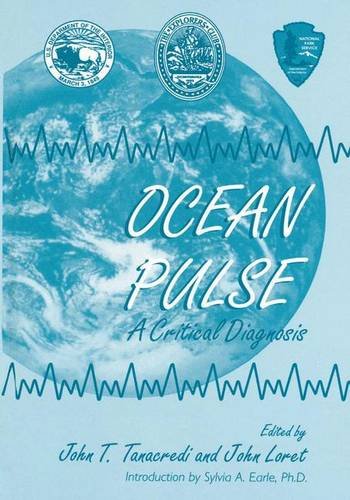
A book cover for Ocean Pulse: A Critical Diagnosis; Science & Math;